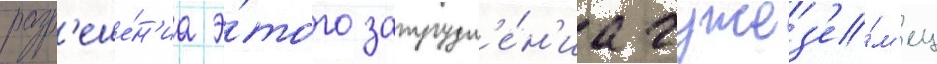
разр'еше́н'иа э́того затрудн'е́н'иа чужез'е́м'ец